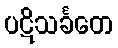
ပဋိသင်္ခတေ